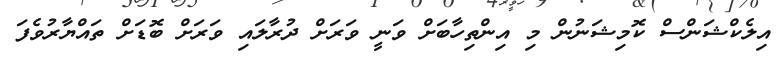
އިލެކްޝަންސް ކޮމިޝަނުން މި އިންތިހާބަށް ވަނީ ވަރަށް ދުރާލައި ވަރަށް ބޮޑަށް ތައްޔާރުވެފަ